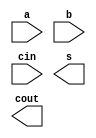

// @file add4.v
// @breif 4
// @author Yusuke Matsunaga ( )
//
// Copyright (C) 2019 Yusuke Matsunaga
// All rights reserved.
//
// []
// 4
//
// []
// a, b:   4
// cin:    
// s:      4
// cout:   
module add4(input [3:0]  a, b,
	    input 	 cin,
	    output [3:0] s,
	    output 	 cout);

endmodule // add4